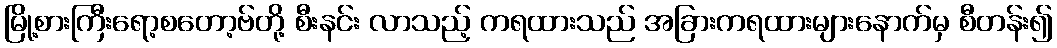
မြို့စားကြီးရော့စတော့ဗ်တို့ စီးနင်း လာသည့် ကရထားသည် အခြားကရထားများနောက်မှ စီတန်း၍